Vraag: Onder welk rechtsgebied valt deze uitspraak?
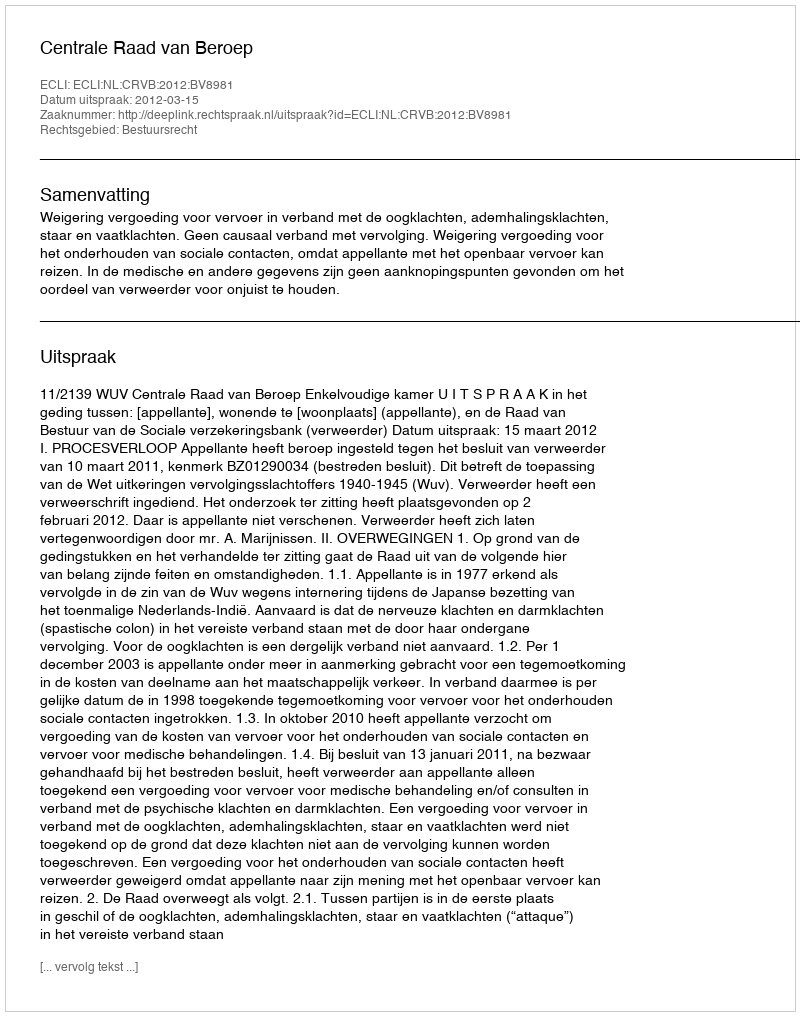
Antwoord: Bestuursrecht